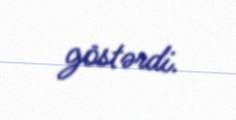
göstərdi.